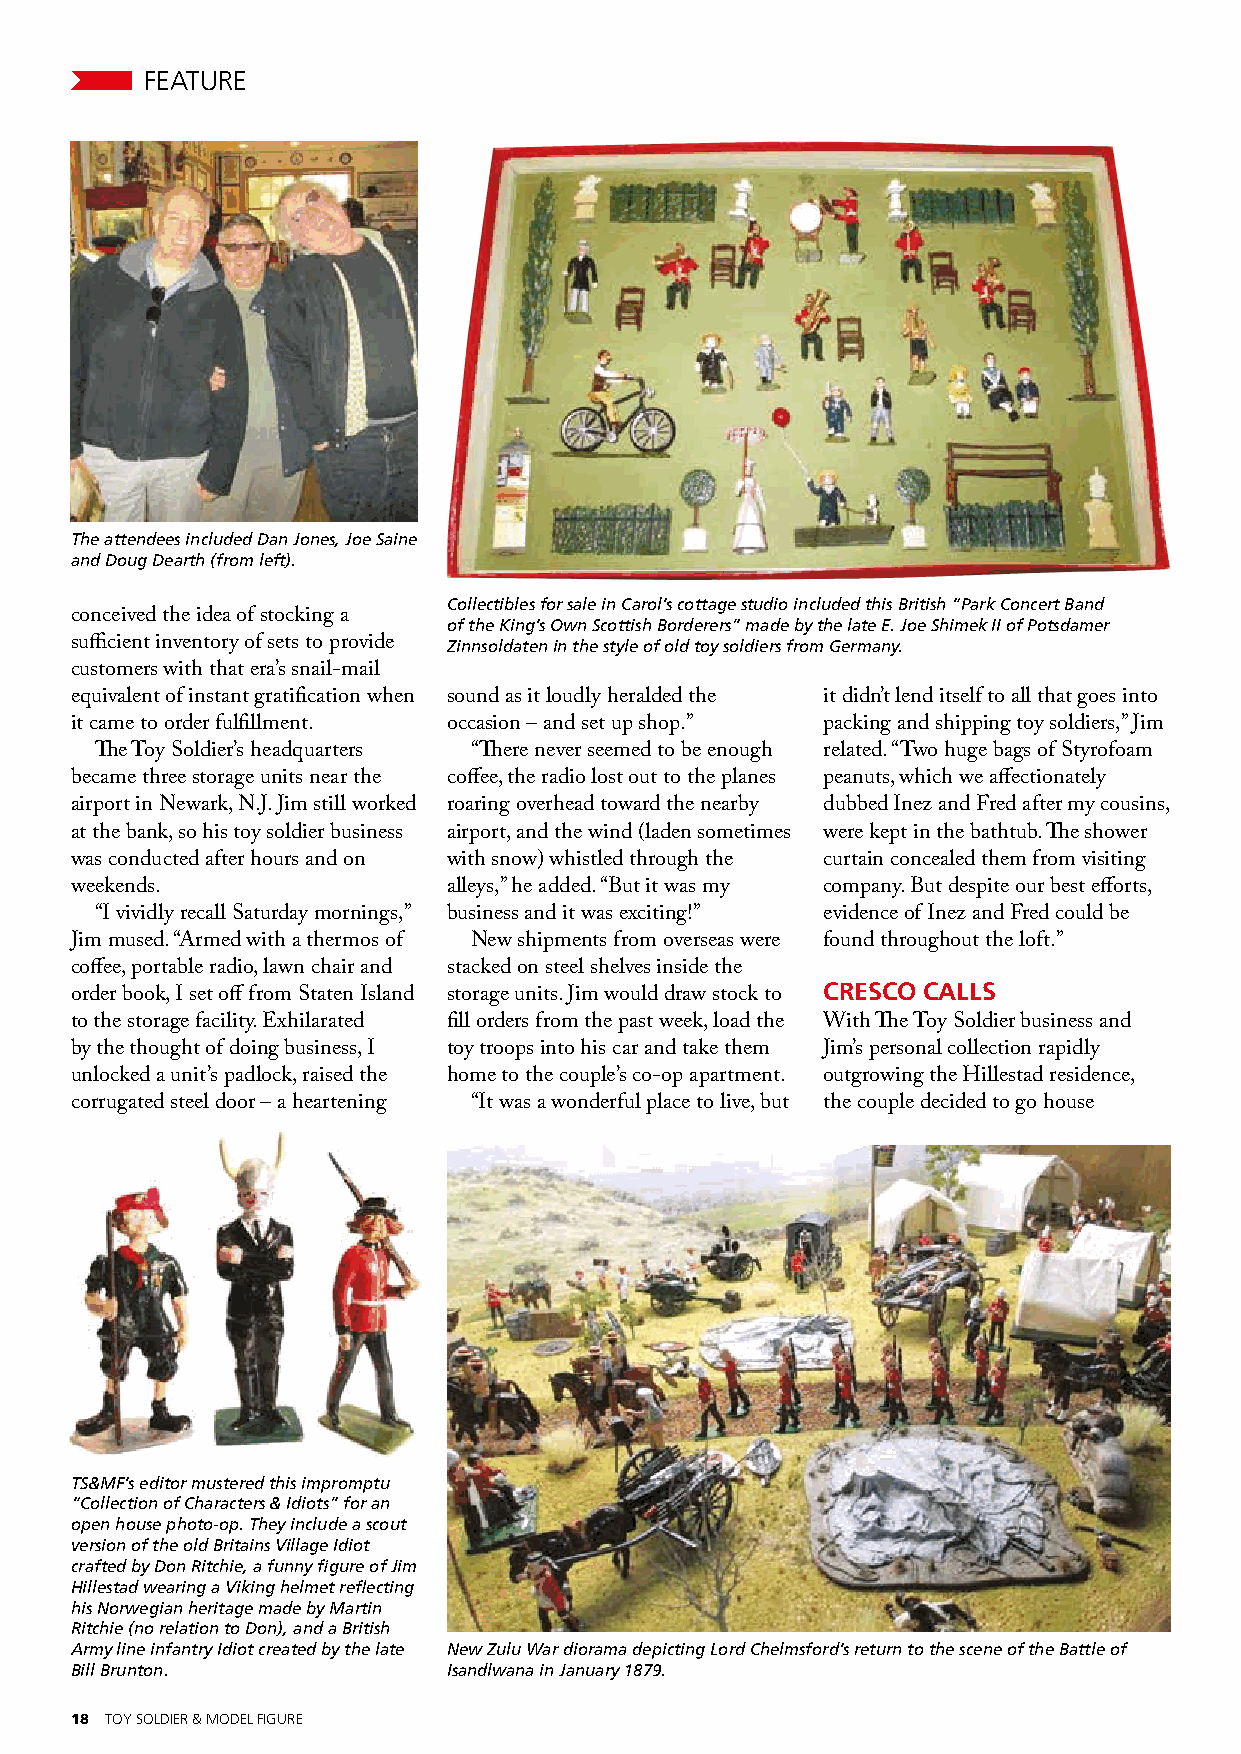
FEATURE
 The attendees included Dan Jones, Joe Saine
 and Doug Dearth (from left).
 Collectibles for sale in Carol’s cottage studio included this British “Park Concert Band
 conceived the idea of stocking a of the King’s Own Scottish Borderers” made by the late E. Joe Shimek II of Potsdamer
 sufficient inventory of sets to provide Zinnsoldaten in the style of old toy soldiers from Germany.
 customers with that era’s snail-mail
 equivalent of instant gratification when sound as it loudly heralded the it didn’t lend itself to all that goes into
 it came to order fulfillment. occasion – and set up shop.” packing and shipping toy soldiers,” Jim
 The Toy Soldier’s headquarters “There never seemed to be enough related. “Two huge bags of Styrofoam
 became three storage units near the coffee, the radio lost out to the planes peanuts, which we affectionately
 airport in Newark, N.J. Jim still worked roaring overhead toward the nearby dubbed Inez and Fred after my cousins,
 at the bank, so his toy soldier business airport, and the wind (laden sometimes were kept in the bathtub. The shower
 was conducted after hours and on with snow) whistled through the curtain concealed them from visiting
 weekends.                alleys,” he added. “But it was my company. But despite our best efforts,
 “I vividly recall Saturday mornings,” business and it was exciting!” evidence of Inez and Fred could be
 Jim mused. “Armed with a thermos of New shipments from overseas were found throughout the loft.”
 coffee, portable radio, lawn chair and stacked on steel shelves inside the
 CRESCO CALLS
 order book, I set off from Staten Island storage units. Jim would draw stock to
 to the storage facility. Exhilarated fill orders from the past week, load the With The Toy Soldier business and
 by the thought of doing business, I toy troops into his car and take them Jim’s personal collection rapidly
 unlocked a unit’s padlock, raised the home to the couple’s co-op apartment. outgrowing the Hillestad residence,
 corrugated steel door – a heartening “It was a wonderful place to live, but the couple decided to go house
 TS&MF’s editor mustered this impromptu
 “Collection of Characters & Idiots” for an
 open house photo-op. They include a scout
 version of the old Britains Village Idiot
 crafted by Don Ritchie, a funny figure of Jim
 Hillestad wearing a Viking helmet reflecting
 his Norwegian heritage made by Martin
 Ritchie (no relation to Don), and a British
 Army line infantry Idiot created by the late New Zulu War diorama depicting Lord Chelmsford’s return to the scene of the Battle of
 Bill Brunton.            Isandlwana in January 1879.
 18 TOY SOLDIER & MODEL FIGURE